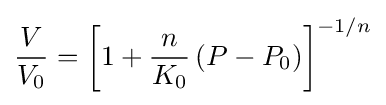
{\frac {V}{V_{0}}}=\left[1+{\frac {n}{K_{0}}}\,(P-P_{0})\right]^{-1/n}